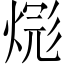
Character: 𪹎